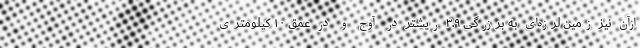
ازآن نیز زمین لرزه‌ای به برزرگی ۳.۹ ریشتر در آوج و در عمق ۱۰ کیلومتری